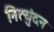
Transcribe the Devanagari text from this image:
नित्युंदन